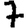
Digit: 7